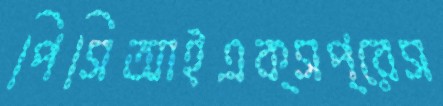
পিসিআইএক্সপ্রেস